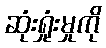
ဆုံးရှုံးမှုကို